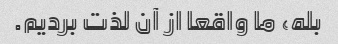
بله، ما واقعا از آن لذت بردیم.